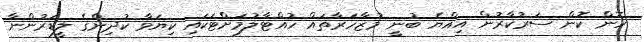
ހޮން ކޮން ސަރުކާރުން އިއްޔެ ބުނީ މުޒާހަރާތައް ހުއްޓާލުމަށްޓަކައި ކިޔަވާ ކުދިންގެ ލީޑަރުންނާ